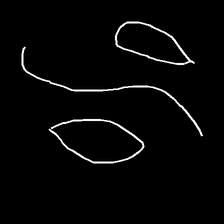
Glyph: water